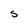
Character: s